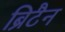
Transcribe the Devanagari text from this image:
ब्रिटैन